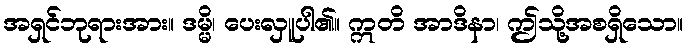
အရှင်ဘုရားအား။ ဒမ္မိ၊ ပေးလှူပါ၏။ ဣတိ အာဒိနာ၊ ဤသို့အစရှိသော။